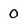
Character: 0